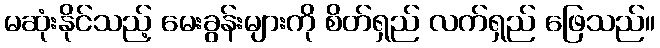
မဆုံးနိုင်သည့် မေးခွန်းများကို စိတ်ရှည် လက်ရှည် ဖြေသည်။